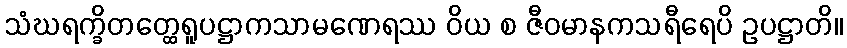
သံဃရက္ခိတတ္ထေရူပဋ္ဌာကသာမဏေရဿ ဝိယ စ ဇီဝမာနကသရီရေပိ ဥပဋ္ဌာတိ။